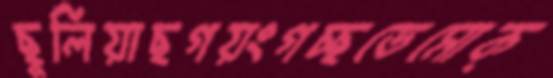
ছুলিয়াছগয়ংগচ্ছডেমোক্